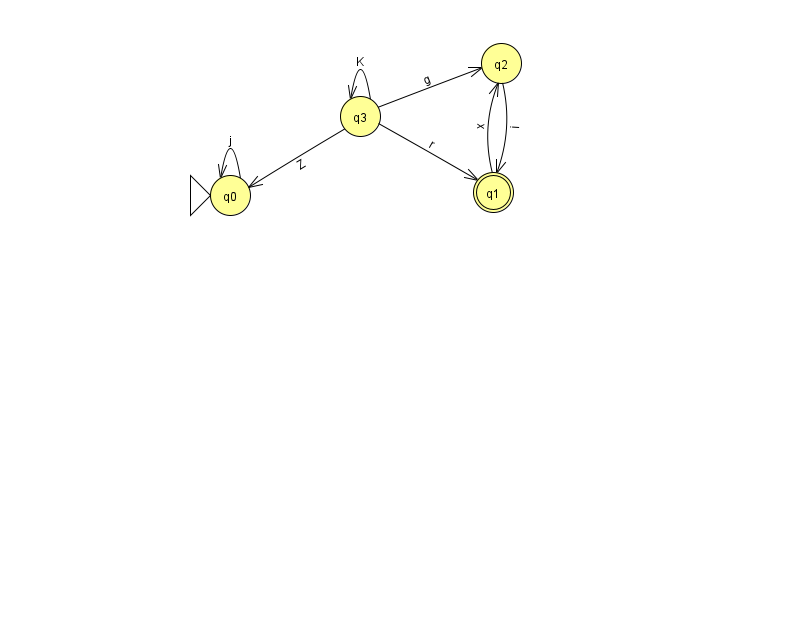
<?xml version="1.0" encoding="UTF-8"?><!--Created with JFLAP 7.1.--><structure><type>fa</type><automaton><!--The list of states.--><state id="0" name="q0"><x>230.0</x><y>182.0</y><initial/></state><state id="1" name="q1"><x>493.0</x><y>179.0</y><final/></state><state id="2" name="q2"><x>501.0</x><y>50.0</y></state><state id="3" name="q3"><x>360.0</x><y>103.0</y></state><!--The list of transitions.--><transition><from>2</from><to>1</to><read>i</read></transition><transition><from>3</from><to>1</to><read>r</read></transition><transition><from>1</from><to>2</to><read>x</read></transition><transition><from>0</from><to>0</to><read>j</read></transition><transition><from>3</from><to>3</to><read>K</read></transition><transition><from>3</from><to>2</to><read>g</read></transition><transition><from>3</from><to>0</to><read>Z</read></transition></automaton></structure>